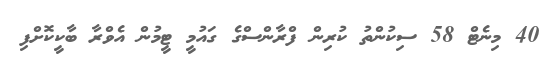
40 މިނެޓް 58 ސިކުންތު ކުރިން ފްރާންސްގެ ގައުމީ ޓީމުން އެވްރާ ބާކީކޮށްފި